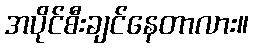
အပိုင်စီးချင်နေတာလား။